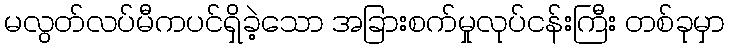
မလွတ်လပ်မီကပင်ရှိခဲ့သော အခြားစက်မှုလုပ်ငန်းကြီး တစ်ခုမှာ